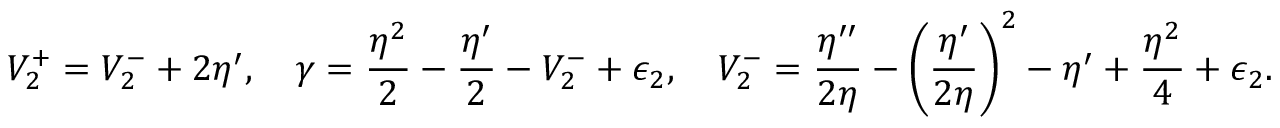
V _ { 2 } ^ { + } = V _ { 2 } ^ { - } + 2 \eta ^ { \prime } , \quad \gamma = \frac { \eta ^ { 2 } } { 2 } - \frac { \eta ^ { \prime } } { 2 } - V _ { 2 } ^ { - } + \epsilon _ { 2 } , \quad V _ { 2 } ^ { - } = \frac { \eta ^ { \prime \prime } } { 2 \eta } - \left( \frac { \eta ^ { \prime } } { 2 \eta } \right) ^ { 2 } - \eta ^ { \prime } + \frac { \eta ^ { 2 } } { 4 } + \epsilon _ { 2 } .